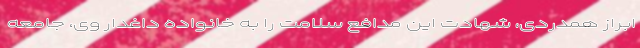
ابراز همدردی، شهادت این مدافع سلامت را به خانواده داغدار وی، جامعه